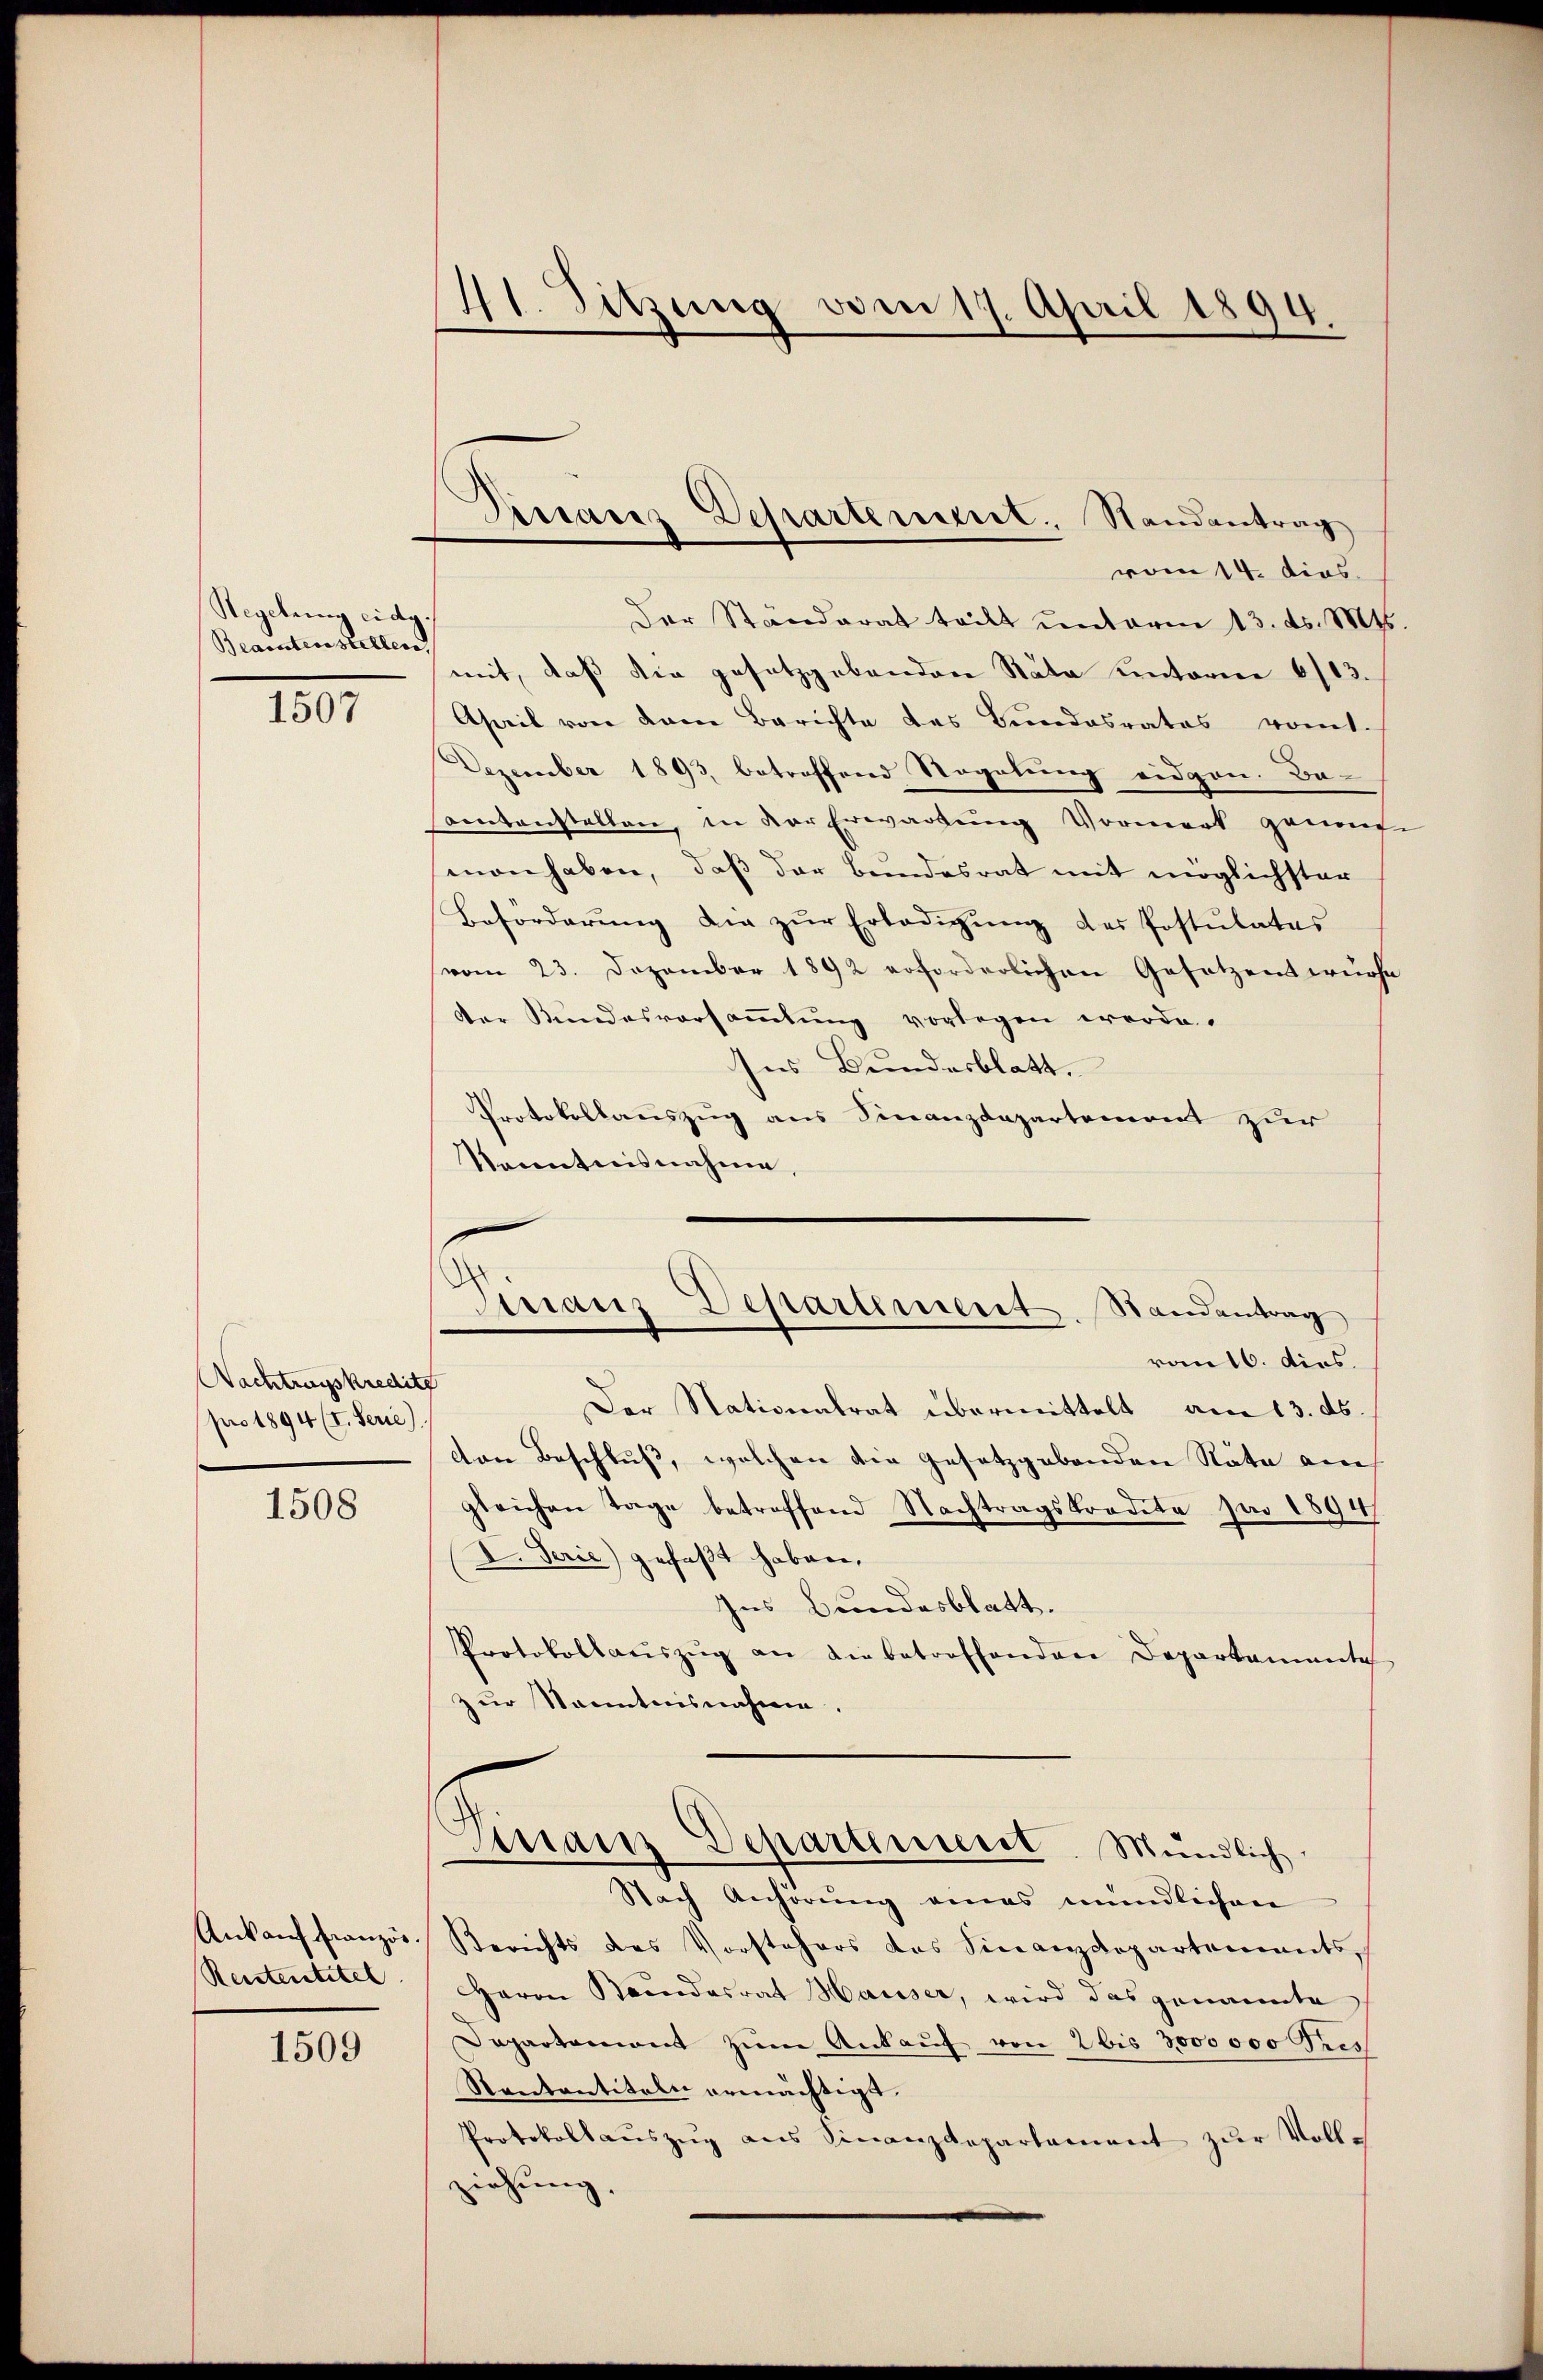
Regelung eidg.
Beamten stellen

1507

Nachtrungskredite
pro 1894 (I. Ferie).

1508

Ankauf Französ.
Reistentitel

1509

vom 14. dies
mit, daß die gesetzgebenden Räte unterm 6/13.
April von dem Berichte des Bŭndesrates romt.
Dezember 1893, betroffend Vogelung eidgen. Be-
samtanstellen, in der Erwartung Vormerk genauen
man haben, daß der Bundesrat mit möglichster
Beforderung die zŭr Erledigung des Postulates
(vom 23. Dezember 1892 erforderlichen Gesetzenswürfe
der Kundesvorsammlung vorlegen werde.
Ins Bundesblatt.
Protokollauszug aus Finanzdepartement zur
Kenntnisnahme,

41. Sitzung vom 17. April 1894.

Dissares Departement, Randantrag
Der Ständerat teilt ŭnterm 13. ds. Mts.

Maus Departement. Randantrag
von 16. dies

Der Nationalrat übermittelt am 13. ds.
den Beschluß, welchen die Gesetzgebenden Räte ane
gleichen Tage betreffend Nachtragskredita par 1894/
I. Serie) gefaßt haben,
Ins Bundesblatt.
Protokollaŭszŭg an Liebetroffenden Departamente
zur Kenntnisnahme.
Finanz-Departement. Mündlich
Nach Anhörŭng eines mündlichen
Berichts des Vorstehers des Finanzdepartements,
Herrn Bandesrat Hauser, wird das genannte
Departement zŭm Ankauf von 2 bis 3000000 Fris
Santantiteln ermächtigt.
Protokoll aŭszŭg ans Sinanzdepartament zŭr Voll-
ziehung,